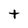
Character: t